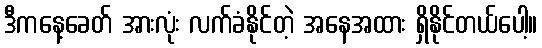
ဒီကနေ့ခေတ် အားလုံး လက်ခံနိုင်တဲ့ အနေအထား ရှိနိုင်တယ်ပေါ့။